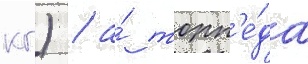
кг) / а́ торп'е́да